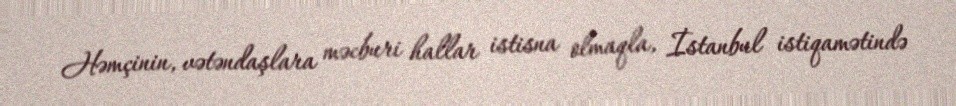
Həmçinin, vətəndaşlara məcburi hallar istisna olmaqla, İstanbul istiqamətində